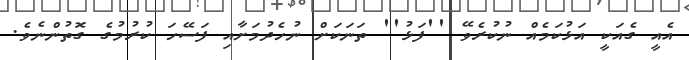
އެއީ ގެއަކީ އަޅުކަމެއް ނުކުރެވޭ ''ފަޅު'' ތަނަކަށް ނުހެދުމަށާއި ފަސޭހަ ކުރުމުގެ ގޮތުންނެވެ.